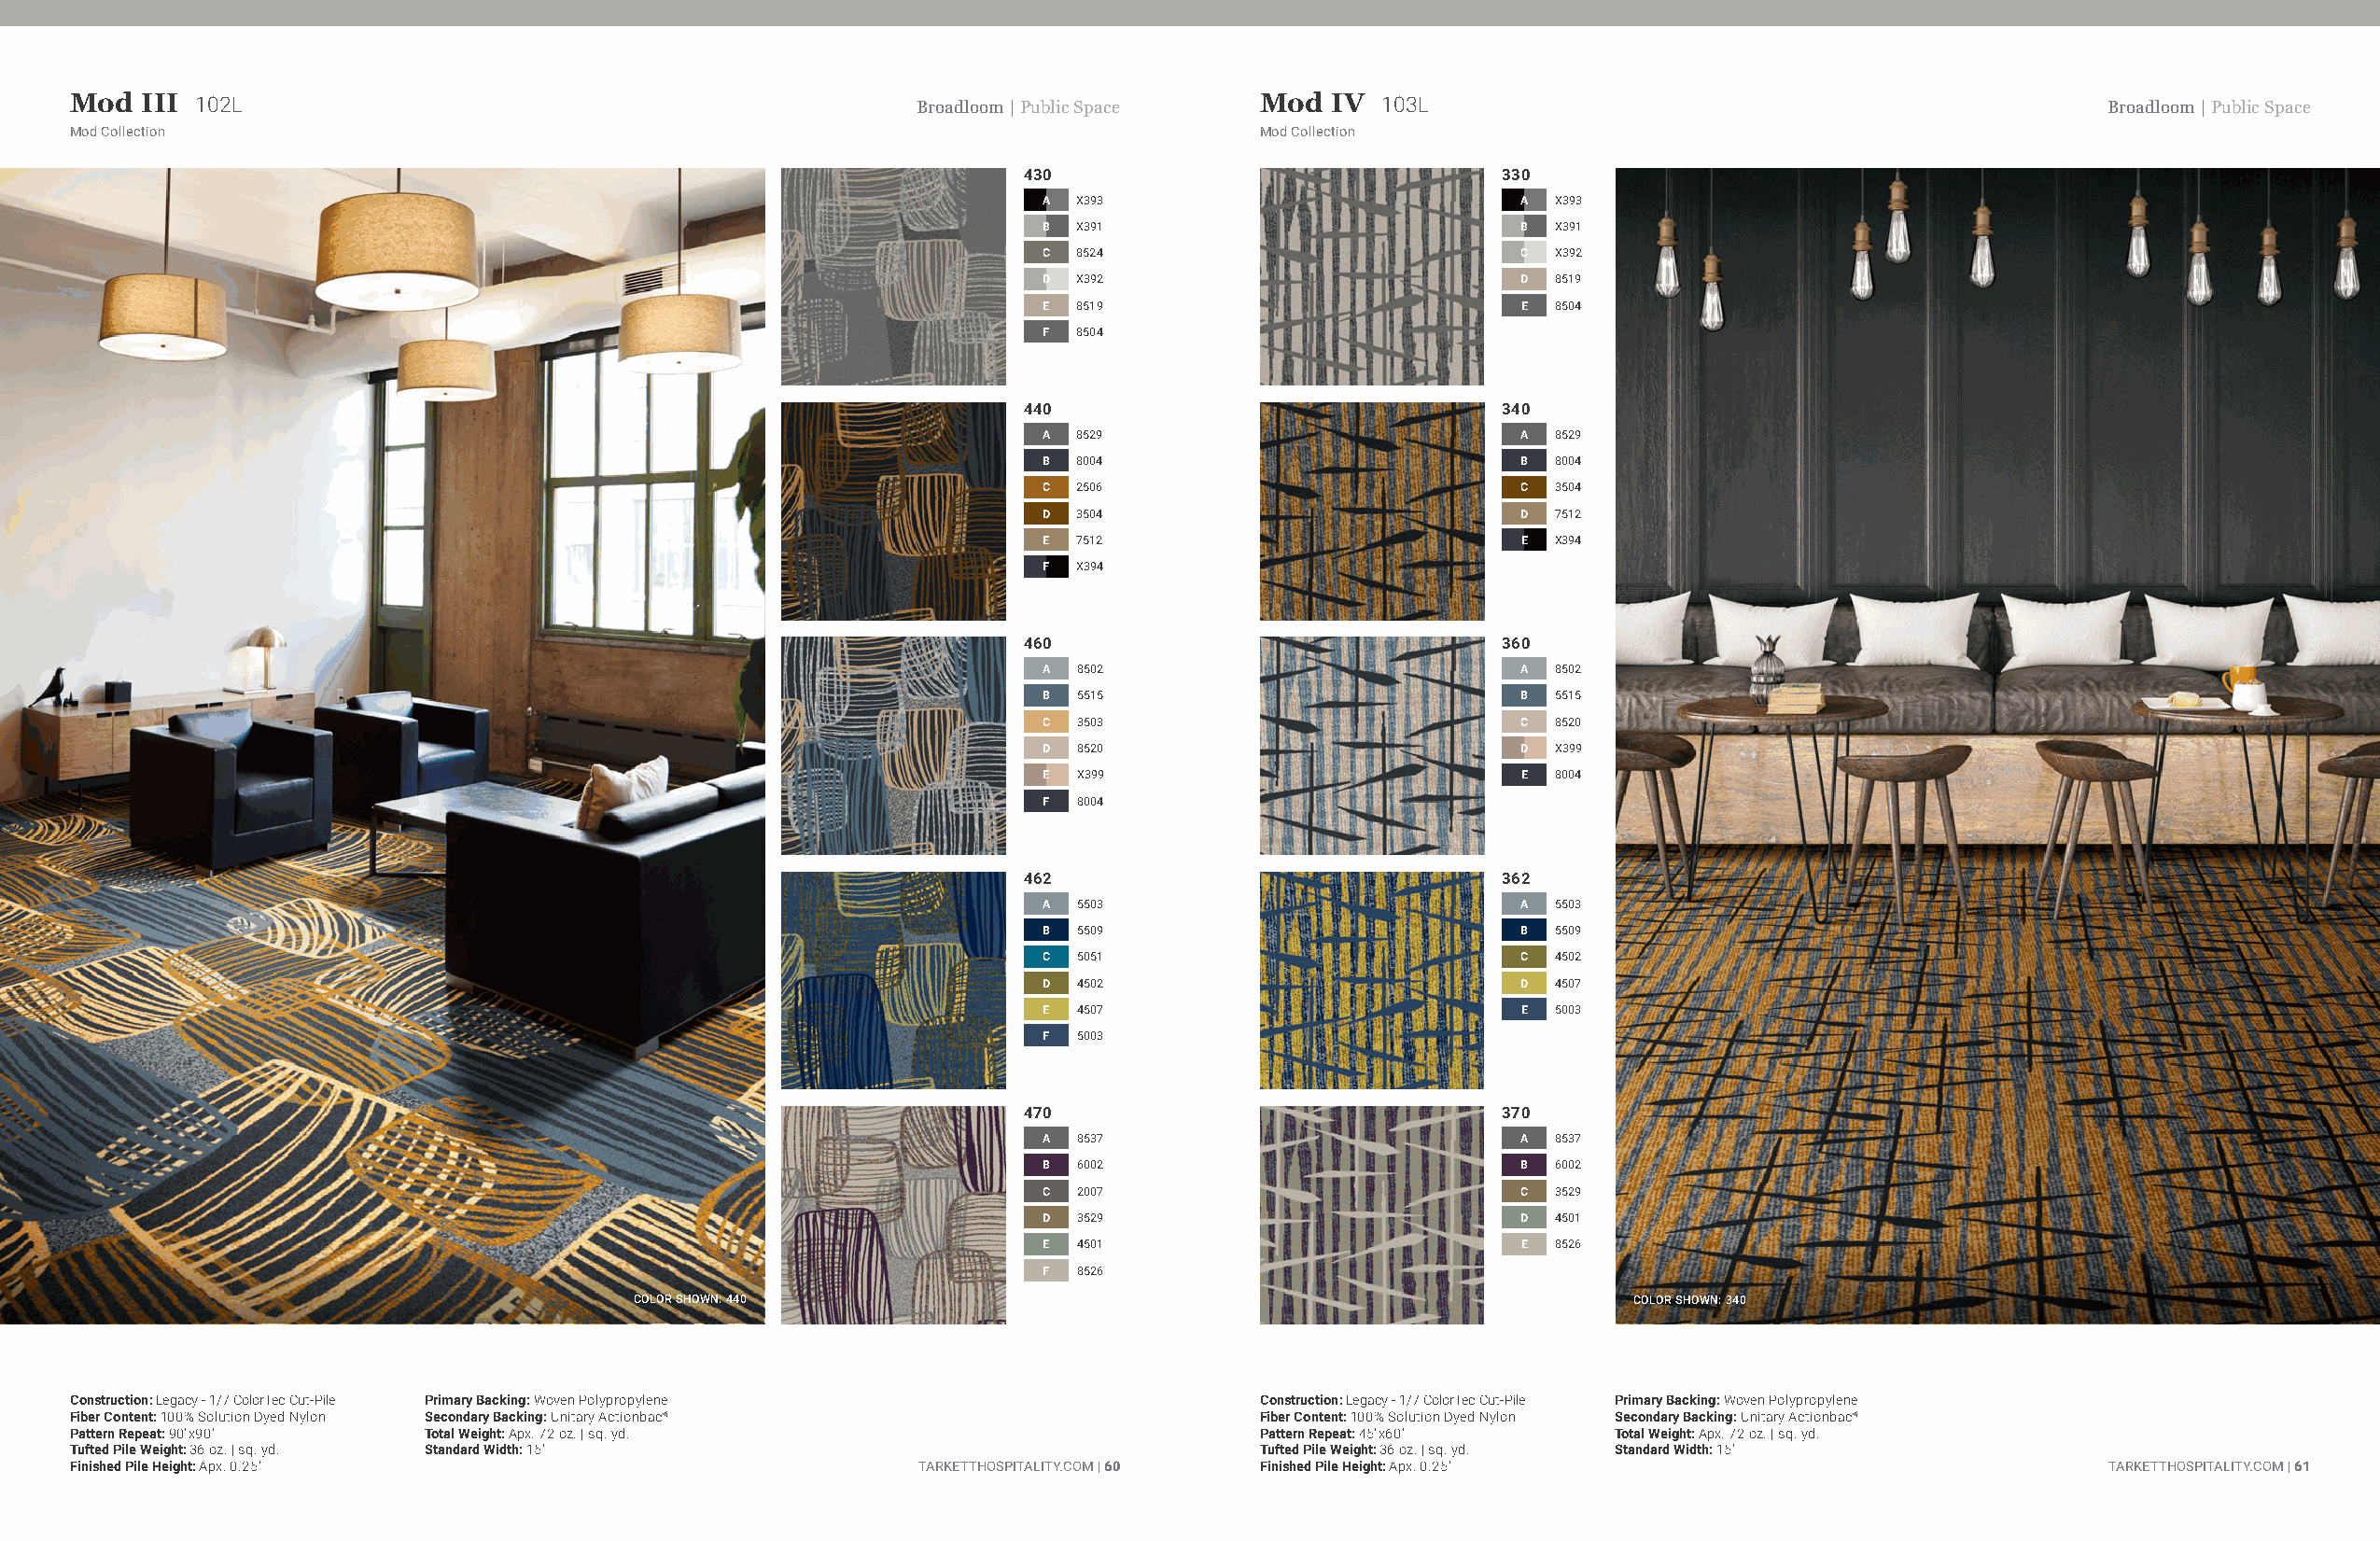
Mod  III 102L                                               Broadloom | Public Space Mod IV  103L                                                Broadloom | Public Space
 Mod Collection                                                                      Mod Collection
 430                               330
 A X393                            A X393
 B X391                            B X391
 C 8524                            C X392
 D X392                            D 8519
 E 8519                            E 8504
 F 8504
 440                               340
 A 8529                            A 8529
 B 8004                            B 8004
 C 2506                            C 3504
 D 3504                            D 7512
 E 7512                            E X394
 F X394
 460                               360
 A 8502                            A 8502
 B 5515                            B 5515
 C 3503                            C 8520
 D 8520                            D X399
 E X399                            E 8004
 F 8004
 462                               362
 A 5503                            A 5503
 B 5509                            B 5509
 C 5051                            C 4502
 D 4502                            D 4507
 E 4507                            E 5003
 F 5003
 470                               370
 A 8537                            A 8537
 B 6002                            B 6002
 C 2007                            C 3529
 D 3529                            D 4501
 E 4501                            E 8526
 F 8526
 COLOR SHOWN: 440                                                       COLOR SHOWN: 340
 Construction: Legacy - 1/7 ColorTec Cut-Pile Primary Backing: Woven Polypropylene   Construction: Legacy - 1/7 ColorTec Cut-Pile Primary Backing: Woven Polypropylene
 Fiber Content: 100% Solution Dyed Nylon Secondary Backing: Unitary Actionbac®       Fiber Content: 100% Solution Dyed Nylon Secondary Backing: Unitary Actionbac®
 Pattern Repeat: 90"x90"  Total Weight: Apx. 72 oz. | sq. yd.                        Pattern Repeat: 45"x60"   Total Weight: Apx. 72 oz. | sq. yd.
 Tufted Pile Weight: 36 oz. | sq. yd. Standard Width: 15'                            Tufted Pile Weight: 36 oz. | sq. yd. Standard Width: 15'
 Finished Pile Height: Apx. 0.25"                            TARKETTHOSPITALITY.COM | 60 Finished Pile Height: Apx. 0.25"                         TARKETTHOSPITALITY.COM | 61